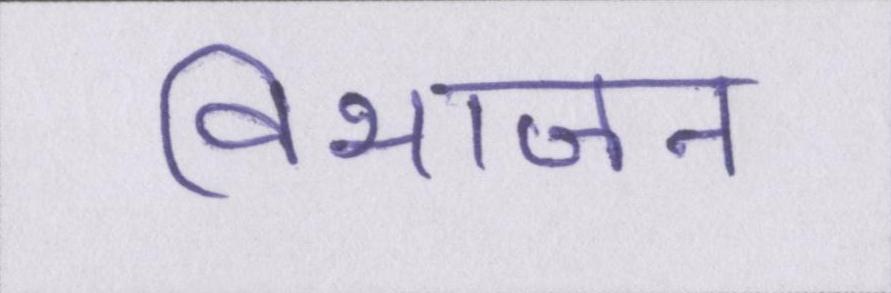
विभाजन